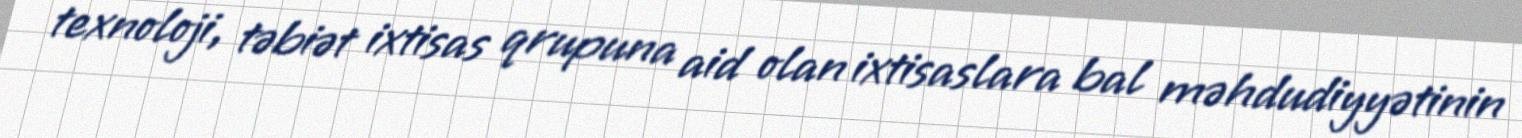
texnoloji, təbiət ixtisas qrupuna aid olan ixtisaslara bal məhdudiyyətinin